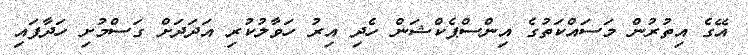
އޭގެ އިތުރުން މަސައްކަތުގެ އިންސްޕެކްޝަން ހެދި އިރު ހަވާލުކުރި އަދަދަށް ގަސްމުށި ހަދާފައި